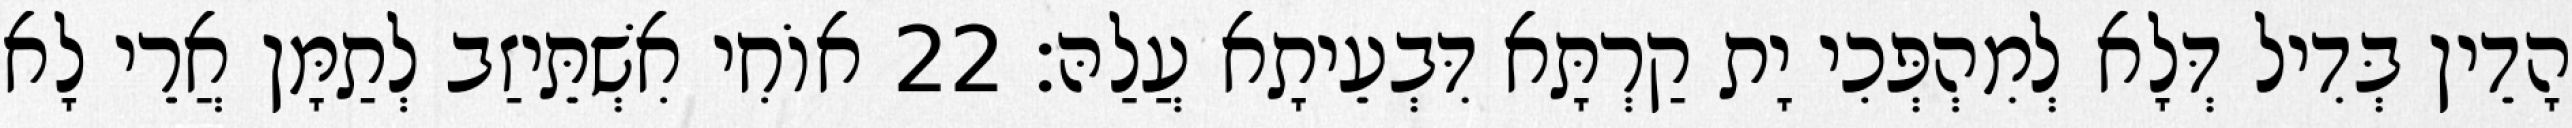
הָדֵין בְּדִיל דְּלָא לְמִהְפְּכִי יָת קַרְתָּא דִּבְעֵיתָא עֲלַהּ׃ 22 אוֹחִי אִשְׁתֵּיזַב לְתַמָּן אֲרֵי לָא